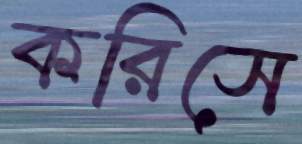
করিসে